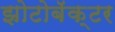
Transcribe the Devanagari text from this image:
झोटोबॅक्टर